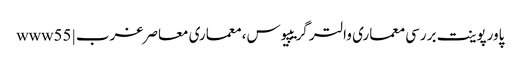
پاورپوینت بررسی معماری والتر گریپیوس، معماری معاصر غرب | www55